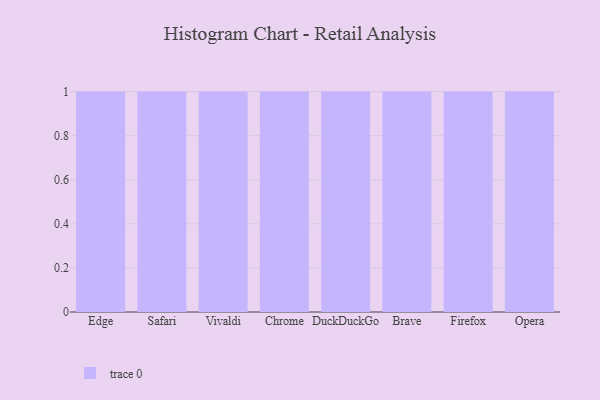
{"axis": {"x": "Browser", "y": "Inventory Turnover"}, "legend": [""], "data": [{"x": "Edge", "y": 44, "type": ""}, {"x": "Safari", "y": 46, "type": ""}, {"x": "Vivaldi", "y": 58, "type": ""}, {"x": "Chrome", "y": 36, "type": ""}, {"x": "DuckDuckGo", "y": 27, "type": ""}, {"x": "Brave", "y": 26, "type": ""}, {"x": "Firefox", "y": 97, "type": ""}, {"x": "Opera", "y": 17, "type": ""}]}